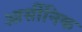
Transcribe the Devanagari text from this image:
आर्सीनिक